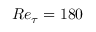
R e _ { \tau } = 1 8 0